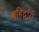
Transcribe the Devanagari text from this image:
बहिर्द्वारी